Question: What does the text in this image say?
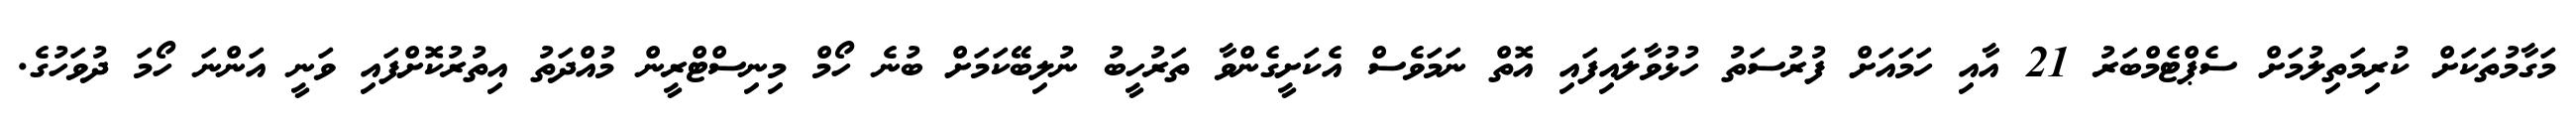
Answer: މަގާމުތަކަށް ކުރިމަތިލުމަށް ސެޕްޓެމްބަރު 21 އާއި ހަމައަށް ފުރުސަތު ހުޅުވާލައިފައި އޮތް ނަމަވެސް އެކަށީގެންވާ ތަރުހީބު ނުލިބޭކަމަށް ބުނެ ހޯމް މިނިސްޓްރީން މުއްދަތު އިތުރުކޮށްފައި ވަނީ އަންނަ ހޯމަ ދުވަހުގެ.